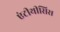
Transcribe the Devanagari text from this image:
एंटीथीसिस